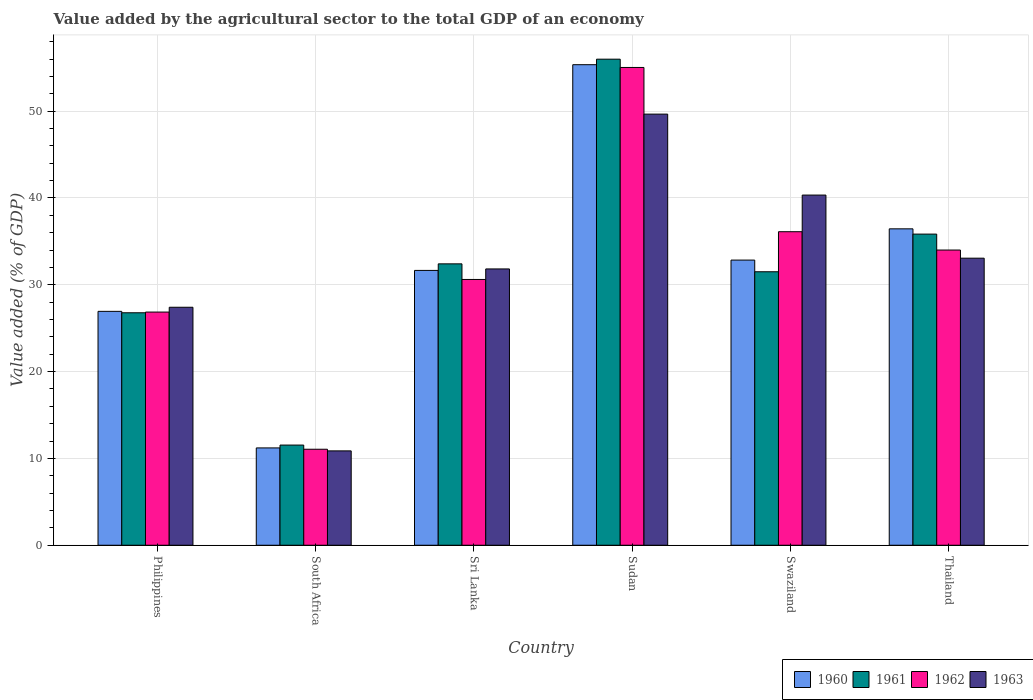
| Country | 1960 | 1961 | 1962 | 1963 |
 | --- | --- | --- | --- | --- |
 | Philippines | 26.9 | 26.8 | 26.9 | 27.4 |
 | South Africa | 11.2 | 11.5 | 11.1 | 10.9 |
 | Sri Lanka | 31.7 | 32.4 | 30.6 | 31.8 |
 | Sudan | 55.4 | 56 | 55 | 49.7 |
 | Swaziland | 32.8 | 31.5 | 36.1 | 40.3 |
 | Thailand | 36.4 | 35.8 | 34 | 33.1 |